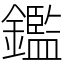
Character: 鑑